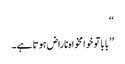
‘‘
’’بابا تو خوامخواہ ناراض ہوتا ہے۔